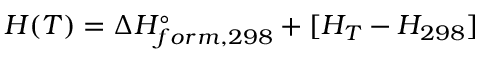
H ( T ) = \Delta H _ { f o r m , 2 9 8 } ^ { \circ } + [ H _ { T } - H _ { 2 9 8 } ]